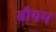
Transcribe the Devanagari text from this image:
बीयम